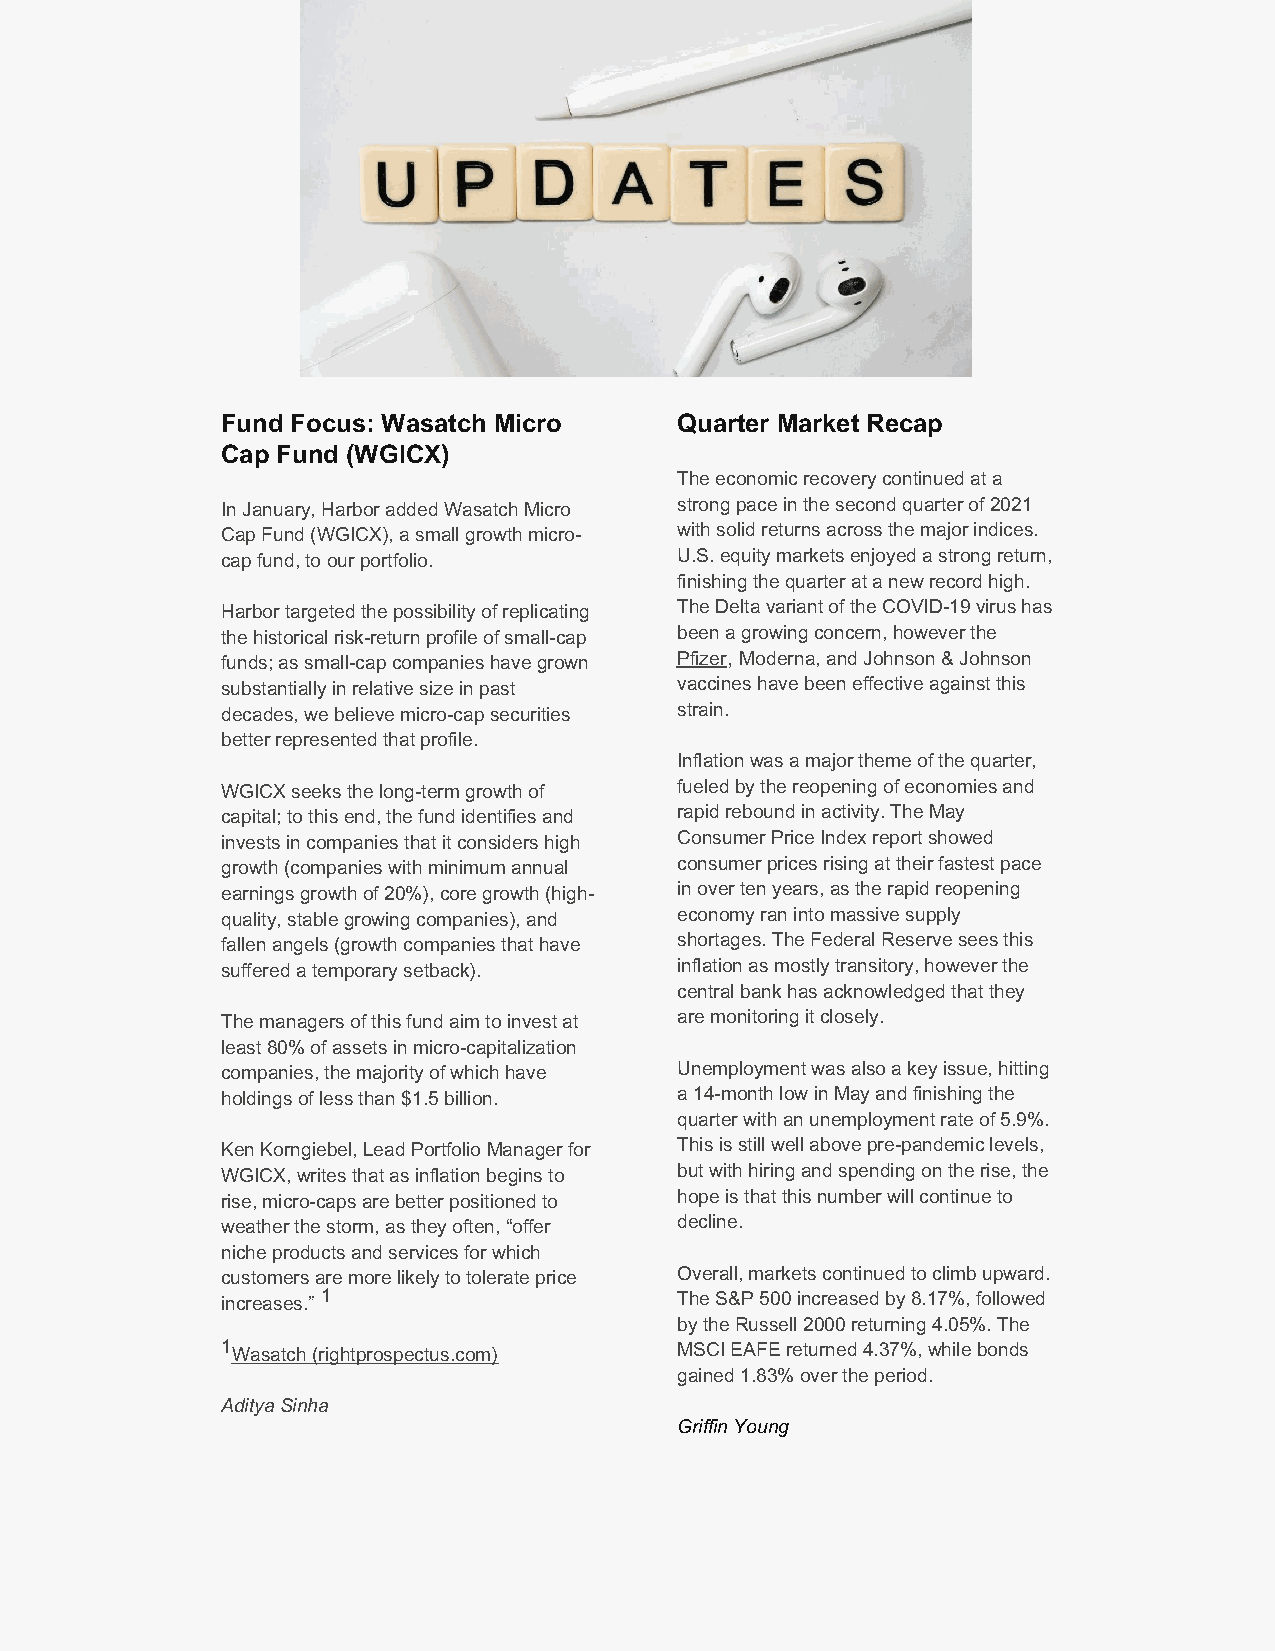
Fund Focus: Wasatch Micro     Quarter Market Recap
 Cap Fund (WGICX)
 The economic recovery continued at a
 In January, Harbor added Wasatch Micro strong pace in the second quarter of 2021
 Cap Fund (WGICX), a small growth micro- with solid returns across the major indices.
 cap fund, to our portfolio.   U.S. equity markets enjoyed a strong return,
 finishing the quarter at a new record high.
 Harbor targeted the possibility of replicating The Delta variant of the COVID-19 virus has
 the historical risk-return profile of small-cap been a growing concern, however the
 funds; as small-cap companies have grown Pfizer, Moderna, and Johnson & Johnson
 substantially in relative size in past vaccines have been effective against this
 decades, we believe micro-cap securities strain.
 better represented that profile.
 Inflation was a major theme of the quarter,
 WGICX seeks the long-term growth of fueled by the reopening of economies and
 capital; to this end, the fund identifies and rapid rebound in activity. The May
 invests in companies that it considers high Consumer Price Index report showed
 growth (companies with minimum annual consumer prices rising at their fastest pace
 earnings growth of 20%), core growth (high- in over ten years, as the rapid reopening
 quality, stable growing companies), and economy ran into massive supply
 fallen angels (growth companies that have shortages. The Federal Reserve sees this
 suffered a temporary setback). inflation as mostly transitory, however the
 central bank has acknowledged that they
 The managers of this fund aim to invest at are monitoring it closely.
 least 80% of assets in micro-capitalization
 companies, the majority of which have Unemployment was also a key issue, hitting
 holdings of less than $1.5 billion. a 14-month low in May and finishing the
 quarter with an unemployment rate of 5.9%.
 Ken Korngiebel, Lead Portfolio Manager for This is still well above pre-pandemic levels,
 WGICX, writes that as inflation begins to but with hiring and spending on the rise, the
 rise, micro-caps are better positioned to hope is that this number will continue to
 weather the storm, as they often, “offer decline.
 niche products and services for which
 customers are more likely to tolerate price Overall, markets continued to climb upward.
 increases.” 1                 The S&P 500 increased by 8.17%, followed
 by the Russell 2000 returning 4.05%. The
 1 Wasatch (rightprospectus.com) MSCI EAFE returned 4.37%, while bonds
 gained 1.83% over the period.
 Aditya Sinha
 Griffin Young